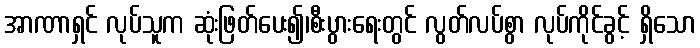
အာဏာရှင် လုပ်သူက ဆုံးဖြတ်ပေး၍၊စီးပွားရေးတွင် လွတ်လပ်စွာ လုပ်ကိုင်ခွင့် ရှိသော